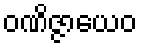
ဝဏိဇ္ဇာယေဝ